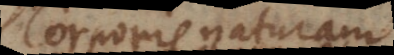
oris naturam